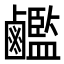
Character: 𪊇